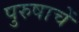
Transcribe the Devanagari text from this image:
पुरुषाचें